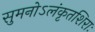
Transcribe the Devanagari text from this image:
सुमनोऽलंकृतशिराः